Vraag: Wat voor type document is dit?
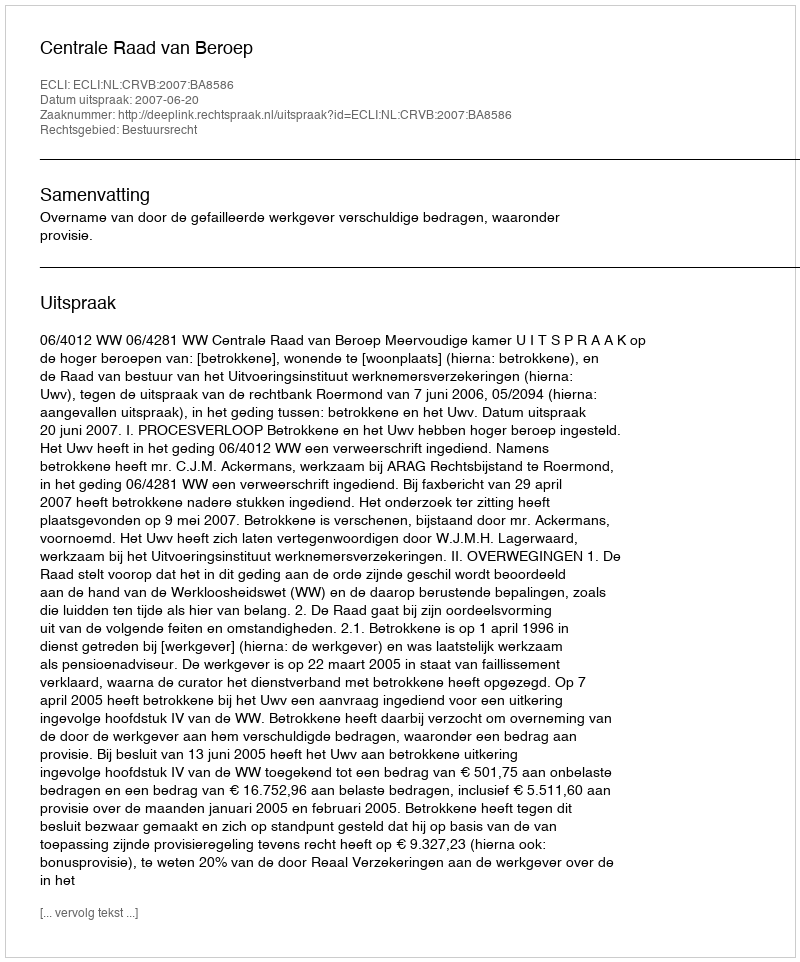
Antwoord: Uitspraak